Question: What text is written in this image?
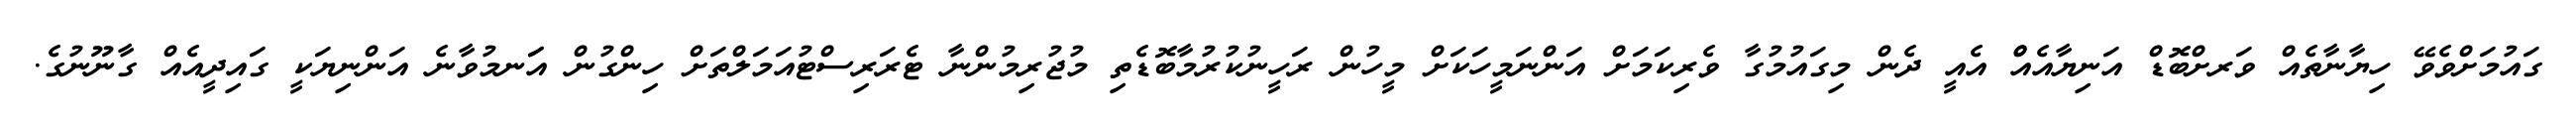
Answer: ގައުމަށްވެވޭ ހިޔާނާތެއް ވަރށްބޮޑް އަނިޔާއެއްް އެއީ ދެން މިގައުމުގާ ވެރިކަމަށް އަންނަމީހަކަށް މީހުން ރަހީނުކުރުމާބޮޑެތި މުޖުރިމުންނާ ޓެރަރިސްޓުއަމަލްތަށް ހިންގުން އަަނމުވާނެ އަންނިޔަކީ ގައިދީއެއް ގާނޫނުގެ.